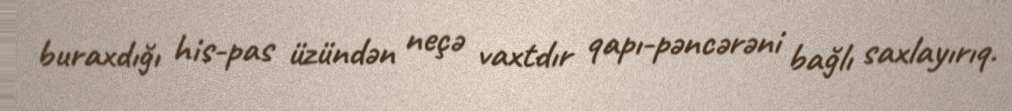
buraxdığı his-pas üzündən neçə vaxtdır qapı-pəncərəni bağlı saxlayırıq.